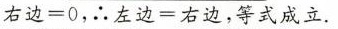
$$右 边 = 0$$，∴ $$左 边 = 右 边$$，等式成立。